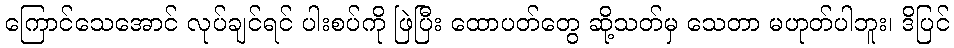
ကြောင်သေအောင် လုပ်ချင်ရင် ပါးစပ်ကို ဖြဲပြီး ထောပတ်တွေ ဆို့သတ်မှ သေတာ မဟုတ်ပါဘူး၊ ဒိပြင်